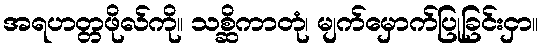
အရဟတ္တဖိုလ်ကို။ သစ္ဆိကာတုံ၊ မျက်မှောက်ပြုခြင်းငှာ။